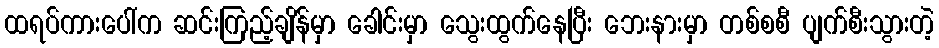
ထရပ်ကားပေါ်က ဆင်းကြည့်ချိန်မှာ ခေါင်းမှာ သွေးထွက်နေပြီး ဘေးနားမှာ တစ်စစီ ပျက်စီးသွားတဲ့